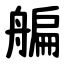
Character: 艑